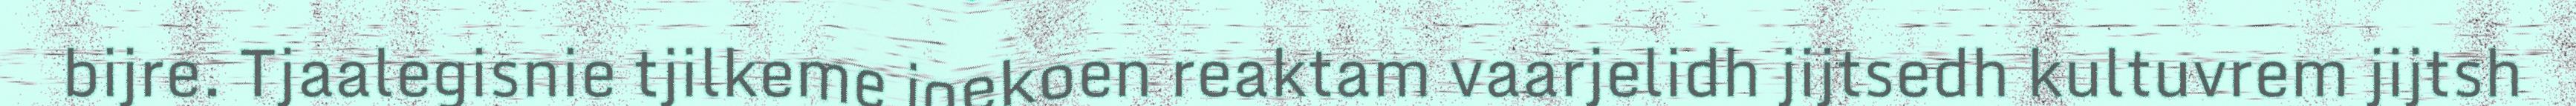
bijre. Tjaalegisnie tjilkeme joekoen reaktam vaarjelidh jijtsedh kultuvrem jijtsh